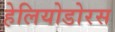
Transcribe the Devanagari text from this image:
हेलियोडोरस